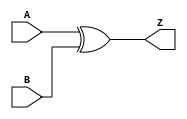
module notech_xor2 (A,B,Z);
input A,B;
output Z;
assign Z=A^B;
endmodule